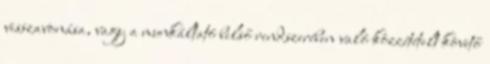
visszavonása, vagy a munkáltató belső rendszerében való közzétételt követő